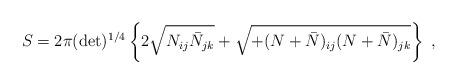
LaTeX: \begin{align*}S= 2 \pi (\det )^{1/4} \left\{ 2 \sqrt { N_{ij} \bar N_{jk} } + \sqrt { +(N +\bar N)_{ij} (N +\bar N)_{jk} } \right\} \ ,\end{align*}